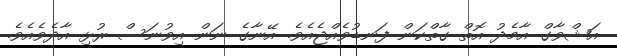
އަޝްވާގް އާމެދު އޮތް ގާތްކަން ފަނޑުވެއްޖެއެވެ. އޭނާގެ ނަން އިވުނަސް ރުޅި އާދެވެއެވެ.